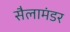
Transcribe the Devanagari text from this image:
सैलामंडर